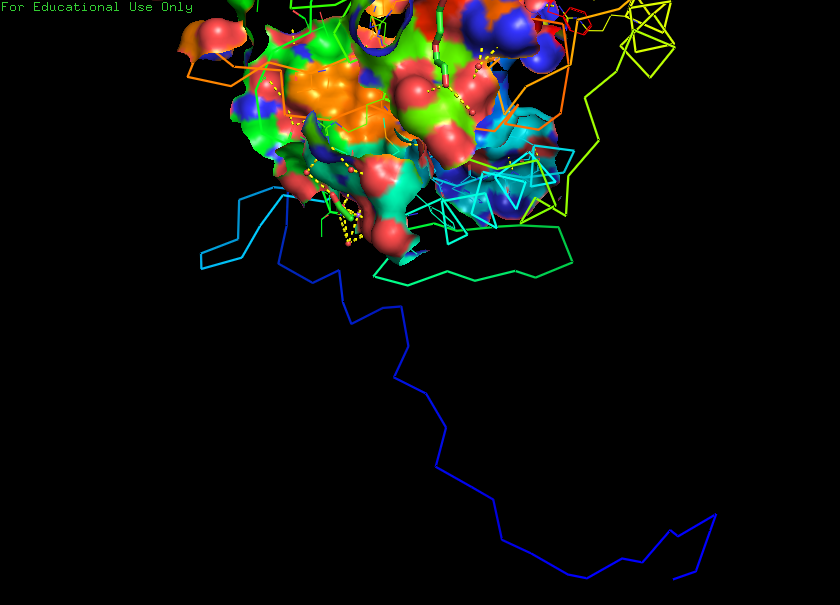
pymol, preset, ligand_sites_hq